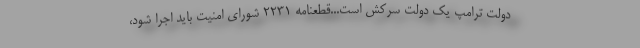
دولت ترامپ یک دولت سرکش است...قطعنامه 2231 شورای امنیت باید اجرا شود،